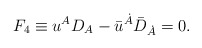
\begin{align*} F_4\equiv {u}^{A} D_{A} - {\bar{u}}^{\dot{A}} {\bar{D}}_{\dot{A}}= 0.\end{align*}